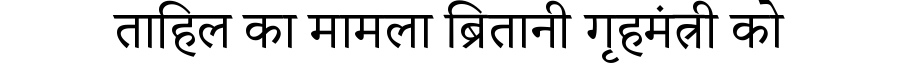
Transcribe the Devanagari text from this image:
ताहिल का मामला ब्रितानी गृहमंत्री को